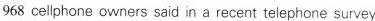
968 cellphone owners said in a recent telephone survey